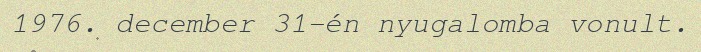
1976. december 31-én nyugalomba vonult.